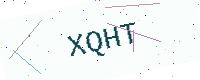
Text: XQHT